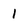
Character: 1